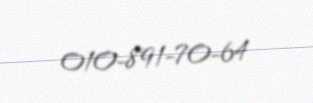
010-891-70-64